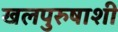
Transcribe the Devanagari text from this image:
खलपुरुषाशी